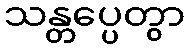
သန္တပ္ပေတွာ